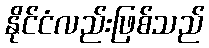
နိုင်ငံလည်းဖြစ်သည်